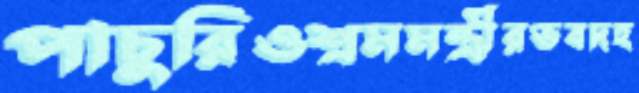
পাচুরিওশ্রমমন্ত্রীরভবদহ